Report on sanitation, dispensaries, and jails in Rajputana for 1912, and on vaccination for the year 1912-1913 - 1912-1913
Year: 1912
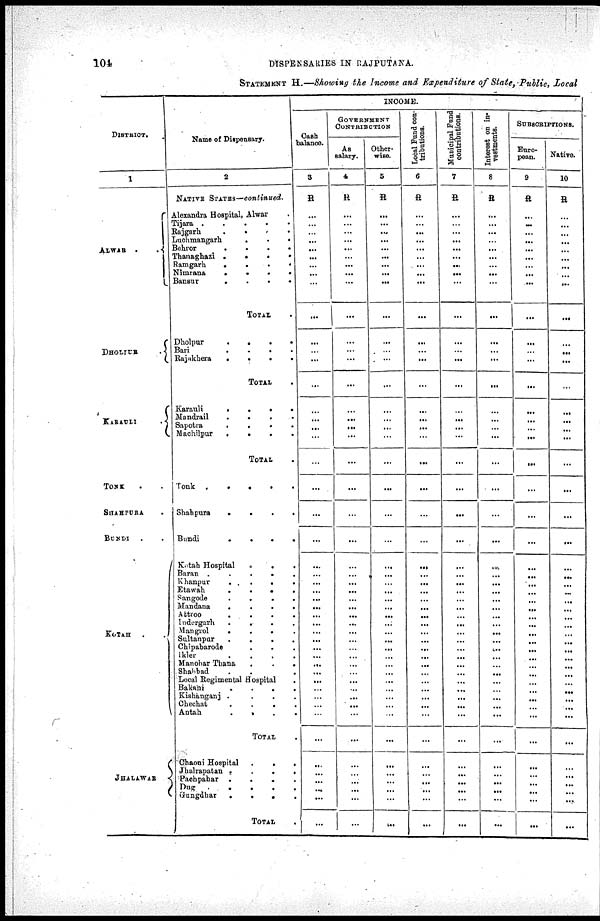
104
DISPENSARIES IN RAJPUTANA.
STATEMENT H.—Showing the Income and Expenditure of State, Public, Local
DISTRICT.
1
ALWAR .
.
DHOLIUR
.
KARAULI
.
TONK . .
SHAHPURA .
BUNDI . .
KOTAH .
.
JHALAWAR
Name of Dispensary.
2
NATIVE STATES—continued.
Alexandra Hospital, Alwar .
Tijara .
.
.
.
.
Rajgarh
.
. . .
Luchmangarh
.
.
.
Behror
.
.
.
.
Thanaghazi
.
.
. .
Ramgarh
.
.
.
.
Nimrana
.
.
.
.
Bansur
.
.
.
.
TOTAL .
Dholpur
.
.
.
.
Bari
.
.
. .
Rajakhera
.
.
.
.
TOTAL .
Karauli
.
.
.
.
Mandrail
.
.
. .
Sapotra
.
.
.
.
Machilpur
.
.
.
.
TOTAL .
Tonk .
.
.
.
.
Shahpura
.
.
.
.
Bundi
.
.
.
.
Kotah Hospital
.
. .
Baran
. . . . .
Khanpur
.
.
.
.
Etawah
.
.
. .
Sangode
.
.
. .
Mandana
.
.
.
.
Attroo
. . . .
Indergarh
.
. . .
Mangrol
.
.
. .
Sultanpur
. . . .
Chipabarode . . .
Ikler
. . . .
Manohar Thana
.
.
.
Shahbad . . .
Local Regimental Hospital
.
Bakani
.
.
.
.
Kishanganj . . . .
Chechat
.
.
.
.
Antah
.
.
. .
TOTAL .
Chaoni Hospital
.
.
.
Jhalrapatan
.
. . .
Pachpahar
.
. . .
Dug
.
.
. .
Gungdhar
.
.
.
.
TOTAL .
INCOME.
Cash
balance.
3
R
...
...
...
...
...
...
...
...
...
...
...
...
...
...
...
...
...
...
...
...
...
...
...
...
...
...
...
...
...
...
...
...
...
...
...
...
...
...
...
...
...
...
...
...
...
...
...
...
GOVERNMENT
CONTRIBUTION
As
salary.
4
R
...
...
...
...
...
...
...
...
...
...
...
...
...
...
...
...
...
...
...
...
...
...
...
...
...
...
...
...
...
...
...
...
...
...
...
...
...
...
...
...
...
...
...
...
...
...
...
...
Other-
wise.
5
R
...
...
...
...
...
...
...
...
...
...
...
...
...
...
...
...
...
...
...
...
...
...
...
...
...
...
...
...
...
...
...
...
...
...
...
...
...
...
...
...
...
...
...
...
...
...
...
...
Local Fund con-
tributions.
6
R
...
...
...
...
...
...
...
...
...
...
...
...
...
...
...
...
...
...
...
...
...
...
...
...
...
...
...
...
...
...
...
...
...
...
...
...
...
...
...
...
...
...
...
...
...
...
...
...
Municipal Fund
contributions.
7
R
...
...
...
...
...
...
...
... ...
...
...
...
...
...
...
...
...
...
...
...
...
...
...
...
...
...
...
...
...
...
...
...
...
...
...
...
...
...
...
...
...
...
...
...
...
...
...
...
Interest on in¬
vestments.
8
R
...
...
...
...
...
...
...
...
...
...
...
...
...
...
...
...
...
...
...
...
...
...
...
...
...
...
...
...
...
...
...
...
...
...
...
...
...
...
...
...
...
...
...
...
...
...
...
...
SUBSCRIPTIONS.
Euro-
pean.
9
R
...
...
...
...
...
...
...
...
...
...
...
...
...
...
...
...
...
...
...
...
...
...
...
...
...
...
...
...
...
...
...
...
...
...
...
...
...
...
...
...
...
...
...
...
...
...
...
...
Native.
10
R
...
...
...
...
...
...
...
... ...
...
...
...
...
...
...
...
...
...
...
...
...
...
...
...
...
...
...
...
...
...
...
...
...
...
...
...
...
...
...
...
...
...
...
...
...
...
...
...